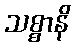
သစ္စာနိ